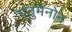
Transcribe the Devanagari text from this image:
चंतुमेनोन